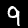
Label: 9